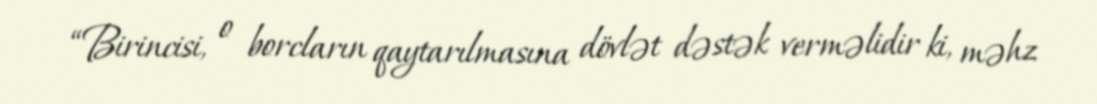
“Birincisi, o borcların qaytarılmasına dövlət dəstək verməlidir ki, məhz